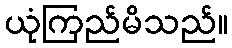
ယုံကြည်မိသည်။